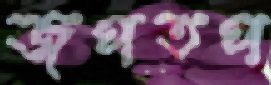
জপতপ